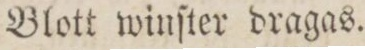
Blott winſter dragas.